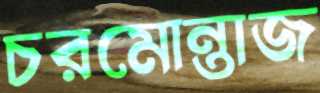
চরমোন্তাজ